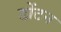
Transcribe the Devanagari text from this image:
डोंटन